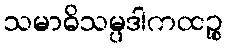
သမာဓိသမ္ပဒါကထဉ္စ